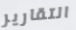
التقارير